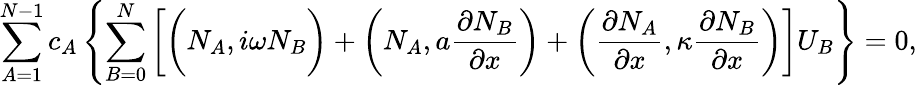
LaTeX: \sum_{A=1}^{N-1}c_{A}\left\{ \sum_{B=0}^{N}\left[\bigg(N_{A},i\omega N_{B}\bigg)+\left(N_{A},a\frac{\partial N_{B}}{\partial x}\right)+\left(\frac{\partial N_{A}}{\partial x},\kappa\frac{\partial N_{B}}{\partial x}\right)\right]U_{B}\right\} =0,